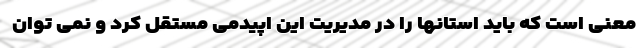
معنی است که باید استانها را در مدیریت این اپیدمی مستقل کرد و نمی توان